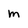
Character: m